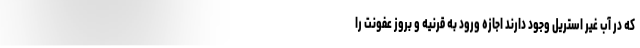
که در آب غیر استریل وجود دارند اجازه ورود به قرنیه و بروز عفونت را